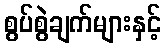
စွပ်စွဲချက်များနှင့်